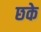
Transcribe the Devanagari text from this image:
छके